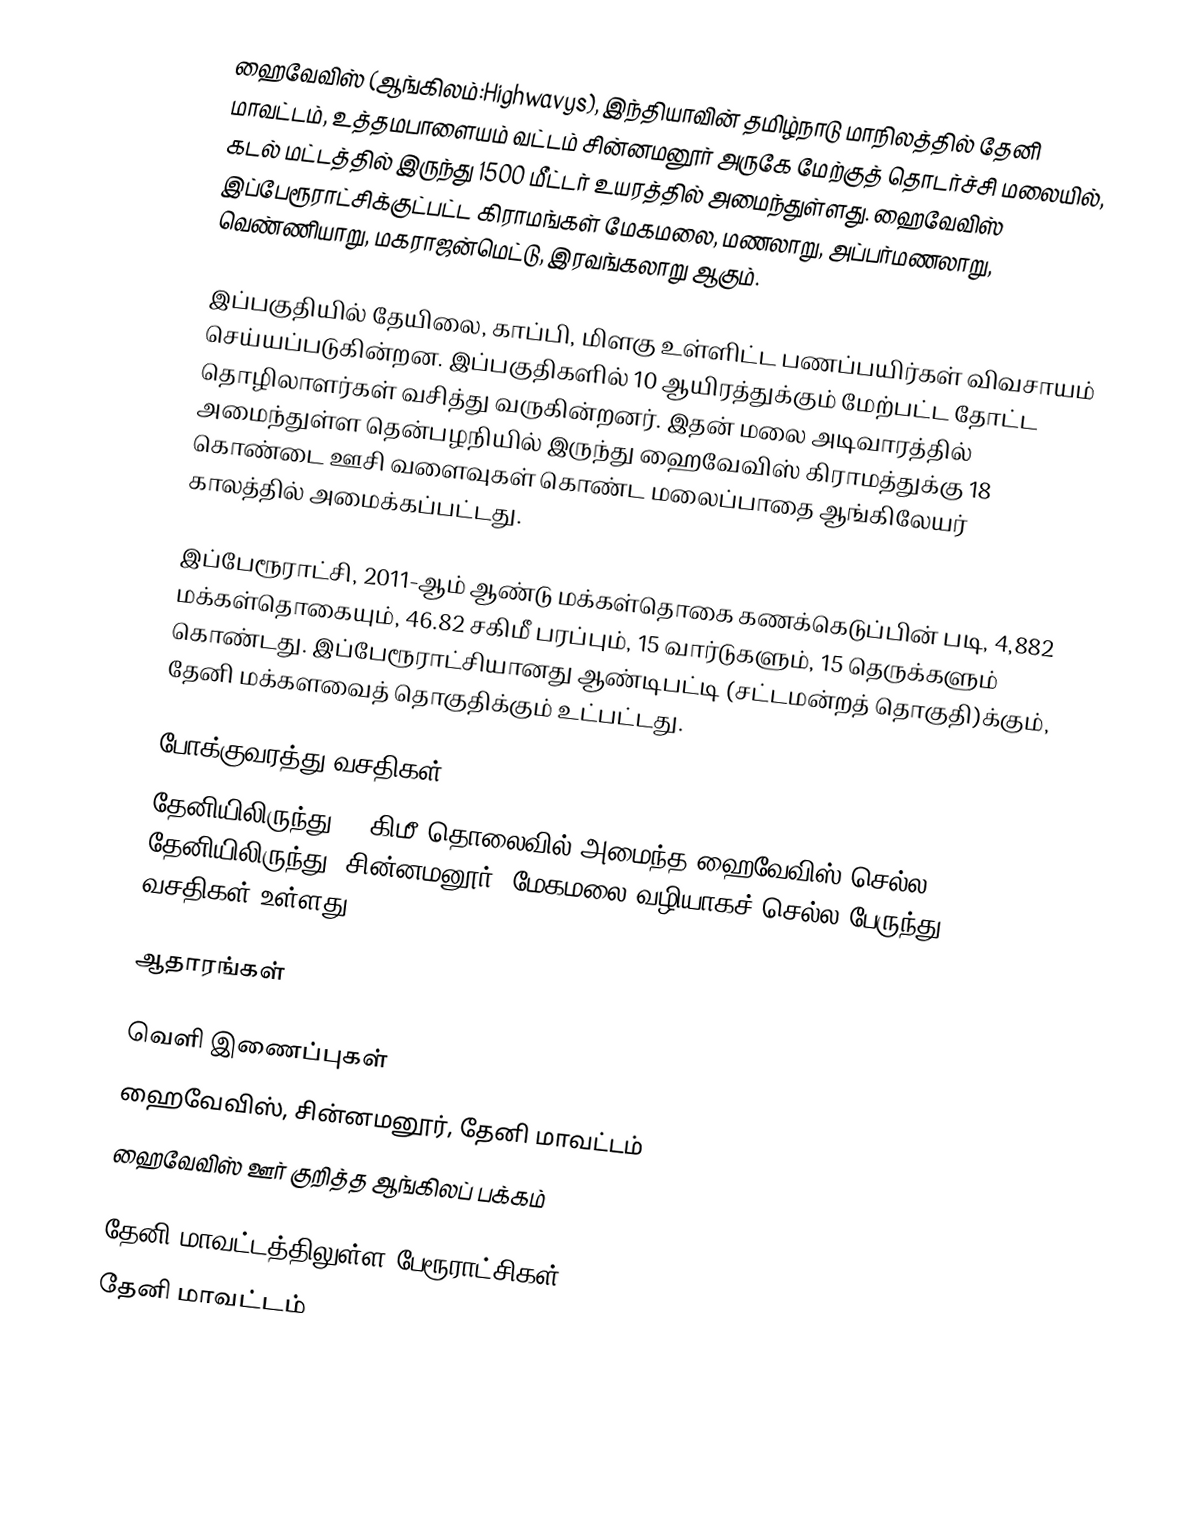
ஹைவேவிஸ் (ஆங்கிலம்:Highwavys), இந்தியாவின் தமிழ்நாடு மாநிலத்தில் தேனி மாவட்டம், உத்தமபாளையம் வட்டம்   சின்னமனூர் அருகே மேற்குத் தொடர்ச்சி மலையில், கடல் மட்டத்தில் இருந்து  1500 மீட்டர் உயரத்தில் அமைந்துள்ளது. ஹைவேவிஸ்  இப்பேரூராட்சிக்குட்பட்ட கிராமங்கள் மேகமலை, மணலாறு, அப்பர்மணலாறு, வெண்ணியாறு, மகராஜன்மெட்டு, இரவங்கலாறு ஆகும்.

இப்பகுதியில் தேயிலை, காப்பி, மிளகு உள்ளிட்ட பணப்பயிர்கள் விவசாயம் செய்யப்படுகின்றன. இப்பகுதிகளில் 10 ஆயிரத்துக்கும் மேற்பட்ட தோட்ட தொழிலாளர்கள் வசித்து வருகின்றனர். இதன் மலை அடிவாரத்தில் அமைந்துள்ள தென்பழநியில் இருந்து ஹைவேவிஸ் கிராமத்துக்கு 18 கொண்டை ஊசி வளைவுகள் கொண்ட மலைப்பாதை ஆங்கிலேயர் காலத்தில் அமைக்கப்பட்டது.

இப்பேரூராட்சி, 2011-ஆம் ஆண்டு மக்கள்தொகை கணக்கெடுப்பின்  படி,  4,882    மக்கள்தொகையும், 46.82 சகிமீ பரப்பும்,  15    வார்டுகளும்,  15 தெருக்களும் கொண்டது. இப்பேரூராட்சியானது ஆண்டிபட்டி (சட்டமன்றத் தொகுதி)க்கும், தேனி மக்களவைத் தொகுதிக்கும் உட்பட்டது.

போக்குவரத்து வசதிகள்
தேனியிலிருந்து 55 கிமீ தொலைவில் அமைந்த ஹைவேவிஸ் செல்ல,  தேனியிலிருந்து, சின்னமனூர், மேகமலை வழியாகச் செல்ல பேருந்து வசதிகள் உள்ளது.

ஆதாரங்கள்

வெளி இணைப்புகள்
ஹைவேவிஸ், சின்னமனூர், தேனி மாவட்டம்
 ஹைவேவிஸ் ஊர் குறித்த ஆங்கிலப் பக்கம்

தேனி மாவட்டத்திலுள்ள பேரூராட்சிகள்
தேனி மாவட்டம்